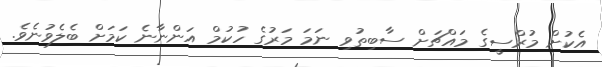
އެކުށް މުރްސީގެ މައްޗަށް ސާބިތުވި ނަމަ މަރުގެ ހުކުމް އަންނާނެ ކަމަށް ބެލެވުނެވެ.